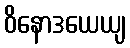
ဝိနောဒယေယျ